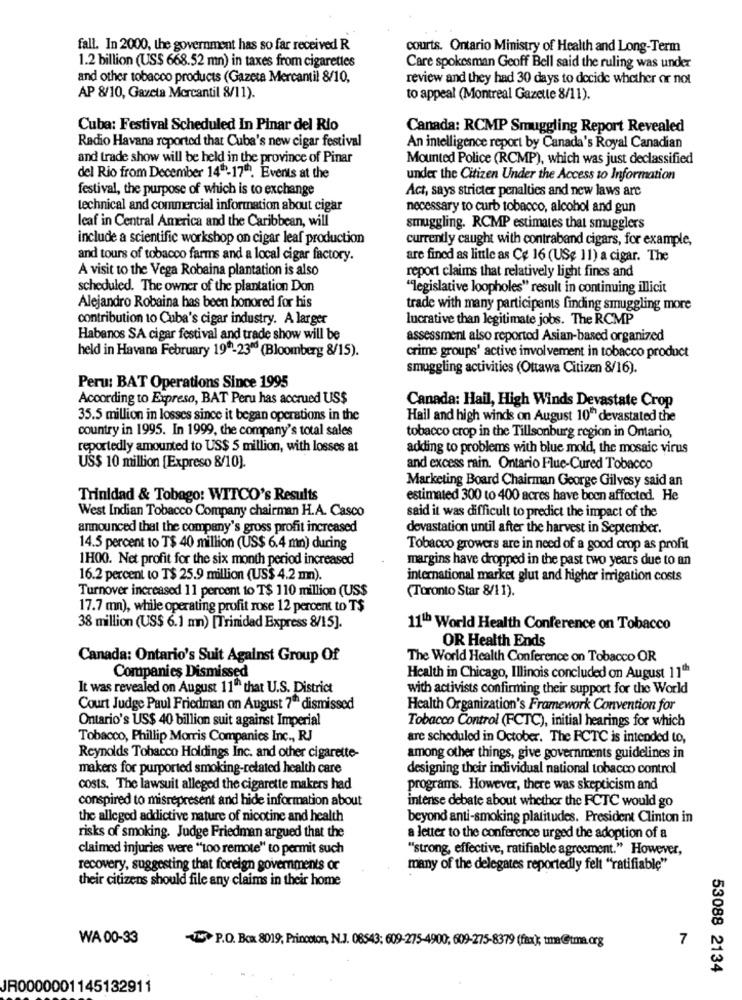
fall. In 2000, the government has so far received R
courts. Ontario Ministry of Health and Long-Term
1.2 billion (US$ 668.52 mn) in taxes from cigarettes
Care spokesman Geoff Bell said the ruling was under
and other tobacco products (Gazeta Mercantil 8/10,
review and they had 30 days to decide whether or not
AP 8/10, Gazeta Mercantil 8/11).
to appeal (Montreal Gazette 8/11).
Cuba: Festival Scheduled In Pinar del Rio
Canada: RCMP Smuggling Report Revealed
Radio Havana reported that Cuba's new cigar festival
An intelligence report by Canada's Royal Canadian
and trade show will be held in the province of Pinar
Mounted Police (RCMP), which was just declassified
del Rio from December 141-17th. Events at the
under the Citizen Under the Access to Information
festival, the purpose of which is to exchange
Act, says stricter penalties and new laws are
technical and commercial information about cigar
necessary to curb tobacco, alcohol and gun
leaf in Central America and the Caribbean, will
smuggling. RCMP estimates that smugglers
include a scientific workshop on cigar leaf production
currently caught with contraband cigars, for example,
and tours of tobacco farms and a local cigar factory.
are fined as little as Ce 16 (US$ 11) a cigar. The
A visit to the Vega Robaina plantation is also
report claims that relatively light fines and
scheduled. The owner of the plantation Don
""legislative loopholes" result in continuing illicit
Alejandro Robaina has been honored for his
trade with many participants finding smuggling more
contribution to Cuba's cigar industry. A larger
lucrative than legitimate jobs. The RCMP
Habanos SA cigar festival and trade show will be
assessment also reported Asian-based organized
held in Havana February 19-2300 (Bloomberg 8/15).
crime groups' active involvement in tobacco product
smuggling activities (Ottawa Citizen 8/16).
Peru: BAT Operations Since 1995
According to Expreso, BAT Peru has accrued US$
Canada: Hail, High Winds Devastate Crop
35.5 million in losses since it began operations in the
Hail and high winds on August 10" devastated the
country in 1995. In 1999, the company's total sales
tobacco crop in the Tillsonburg region in Ontario,
reportedly amounted to US$ 5 million, with losses at
adding to problems with blue mold, the mosaic virus
US$ 10 million [Expreso 8/10).
and excess rain. Ontario Flue-Cured Tobacco
Marketing Board Chairman George Gilvesy said an
Trinidad & Tobago: WITCO's Results
estimated 300 to 400 acres have been affected. He
West Indian Tobacco Company chairman H.A. Casco
said it was difficult to predict the impact of the
announced that the company's gross profit increased
devastation until after the harvest in September.
14.5 percent to T$ 40 million (US$ 6.4 mn) during
Tobacco growers are in need of a good crop as profit
1H00. Net profit for the six month period increased
margins have dropped in the past two years due to an
16.2 percent to T$ 25.9 million (US$ 4.2 mn).
international market glut and higher irrigation costs
Turnover increased 11 percent to T$ 110 million (US$
(Toronto Star 8/11).
17.7 mn), while operating profit rose 12 percent to T$
38 million (US$ 6.1 mn) [Trinidad Express 8/15].
11th World Health Conference on Tobacco
OR Health Ends
Canada: Ontario's Suit Against Group Of
The World Health Conference on Tobacco OR
Companies Dismissed
Health in Chicago, Illinois concluded on August 11
It was revealed on August 11^^ that U.S. District
with activists confirming their support for the World
Court Judge Paul Friedman on August 7ª dismissed
Health Organization's Framework Convention for
Ontario's US$ 40 billion suit against Imperial
Tobacco Control (FCTC), initial hearings for which
Tobacco, Phillip Morris Companies Inc ., RJ
are scheduled in October. The FCTC is intended to,
Reynolds Tobacco Holdings Inc. and other cigarette-
among other things, give governments guidelines in
makers for purported smoking-related health care
designing their individual national tobacco control
costs. The lawsuit alleged the cigarette makers had
programs. However, there was skepticism and
conspired to misrepresent and hide information about
intense debate about whether the FCTC would go
the alleged addictive nature of nicotine and health
beyond anti-smoking platitudes. President Clinton in
risks of smoking. Judge Friedman argued that the
a letter to the conference urged the adoption of a
claimed injuries were "100 remote" to permit such
"strong, effective, ratifiable agreement." However,
recovery, suggesting that foreign governments or
many of the delegates reportedly felt "ratifiable"
their citizens should file any claims in their home
WA 00-33
7
N P.O. Box 8019, Princeton, N.J. 08543; 609-275-4900, 609-275-8379 (fax); tma@tma.org
53088 2134
JR0000001145132911